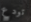
تودع